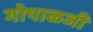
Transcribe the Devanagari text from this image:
गोपाळजी